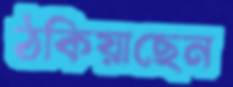
ঠকিয়াছেন